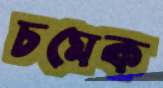
চমেক